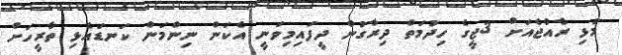
މުޅި ރާއްޖެއަށް 3ޖީގެ ހިދުމަތް ދިރާގުން ދީފައިމިވަނީ އެކަން ނިންމަން ކަނޑައެޅި ތާރީހަށް